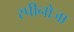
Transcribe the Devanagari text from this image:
स्पीनोजा